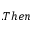
. T h e n